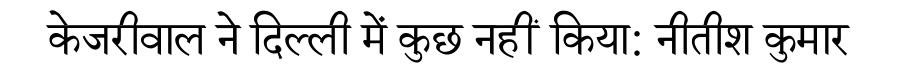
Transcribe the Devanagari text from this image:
केजरीवाल ने दिल्ली में कुछ नहीं किया: नीतीश कुमार